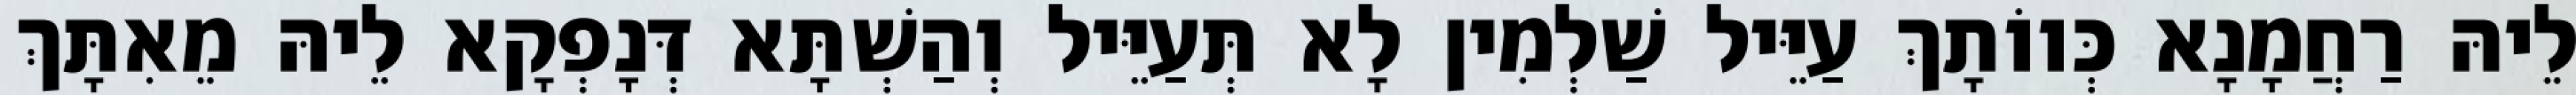
לֵיהּ רַחֲמָנָא כְּווֹתָךְ עַיֵּיל שַׁלְמִין לָא תְּעַיֵּיל וְהַשְׁתָּא דְּנָפְקָא לֵיהּ מֵאִתָּךְ